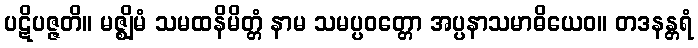
ပဋိပဇ္ဇတိ။ မဇ္ဈိမံ သမထနိမိတ္တံ နာမ သမပ္ပဝတ္တော အပ္ပနာသမာဓိယေဝ။ တဒနန္တရံ